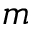
m